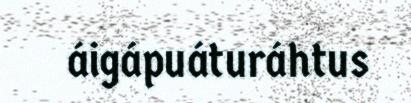
áigápuáturáhtus